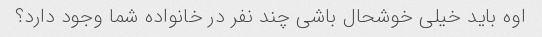
اوه باید خیلی خوشحال باشی چند نفر در خانواده شما وجود دارد؟